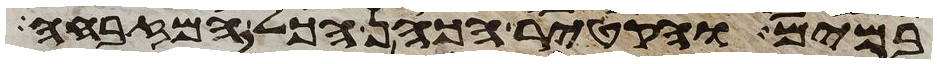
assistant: במים והקטיר הכהן הכל המזבחה